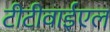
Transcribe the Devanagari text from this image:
टीटीवाईएल